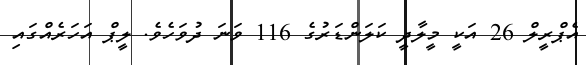
އެޕްރީލް 26 އަކީ މީލާދީ ކަލަންޑަރުގެ 116 ވަނަ ދުވަހެވެ. ލީޕް އަހަރެއްގައި